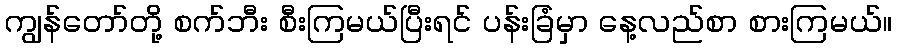
ကျွန်တော်တို့ စက်ဘီး စီးကြမယ်ပြီးရင် ပန်းခြံမှာ နေ့လည်စာ စားကြမယ်။